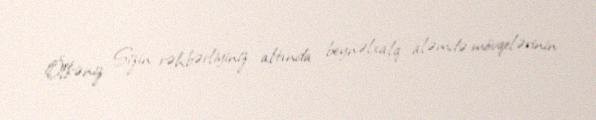
Ölkəniz Sizin rəhbərliyiniz altında beynəlxalq aləmdə mövqelərinin